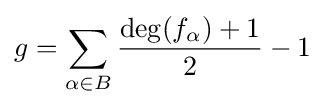
g=\sum _{\alpha \in B}{\frac {\deg(f_{\alpha })+1}{2}}-1